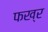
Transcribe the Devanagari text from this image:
फख्र